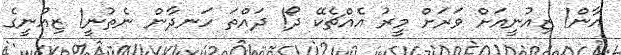
އާން! ޒިއުނީއަށް ވަރަށް މީރު އެއްޗެކޭ ދޯ! ދައްތަ ހަނދާން ނެތުނީ! ޒިއުނީގެ